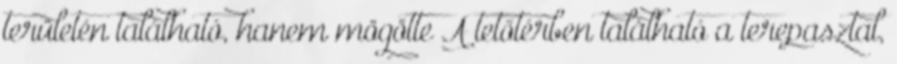
területén található, hanem mögötte A tetőtérben található a terepasztal,